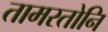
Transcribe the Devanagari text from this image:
तामरतोनि